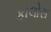
કાલોસ